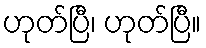
ဟုတ်ပြီ၊ ဟုတ်ပြီ။